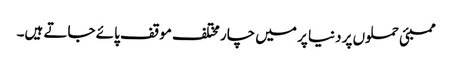
ممبئی حملوں پر دنیا پر میں چار مختلف موقف پائے جاتے ہیں۔